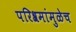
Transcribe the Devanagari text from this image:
परिश्रमांमुळेच